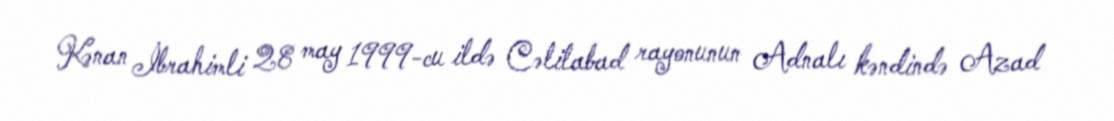
Kənan İbrahimli 28 may 1999-cu ildə Cəlilabad rayonunun Adnalı kəndində Azad